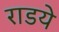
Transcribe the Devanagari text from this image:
राडये